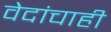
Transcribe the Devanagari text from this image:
वेदांचाही